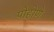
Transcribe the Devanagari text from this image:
पोहोणे